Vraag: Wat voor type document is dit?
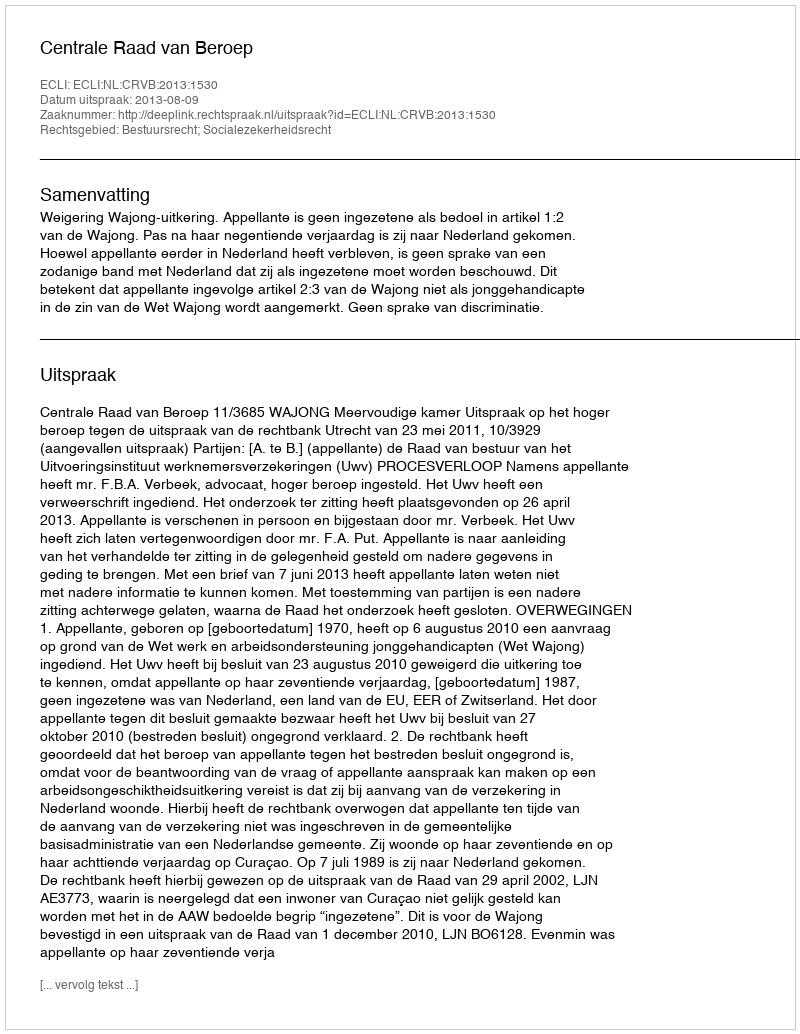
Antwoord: Uitspraak